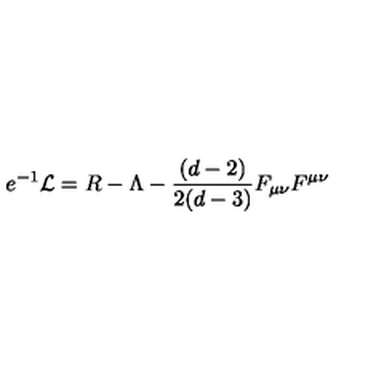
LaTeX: e ^ { - 1 } \mathcal { L } = R - \Lambda - \frac { ( d - 2 ) } { 2 ( d - 3 ) } F _ { \mu \nu } F ^ { \mu \nu }